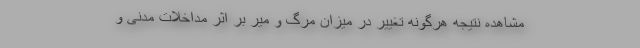
مشاهده نتیجه هرگونه تغییر در میزان مرگ و میر بر اثر مداخلات مدنی و